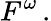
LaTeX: F^{\omega}\, .